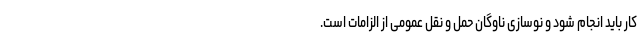
کار باید انجام شود و نوسازی ناوگان حمل و نقل عمومی از الزامات است.